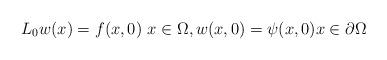
LaTeX: \begin{align*}L_0w(x)=f(x,0) \ x\in\Omega, w(x,0)= \psi(x,0) x\in\partial\Omega\end{align*}